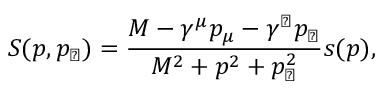
S ( p , p _ { \perp } ) = \frac { M - \gamma ^ { \mu } p _ { \mu } - \gamma ^ { \perp } p _ { \perp } } { M ^ { 2 } + p ^ { 2 } + p _ { \perp } ^ { 2 } } s ( p ) ,